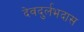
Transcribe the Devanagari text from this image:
देवदुर्लभदास